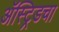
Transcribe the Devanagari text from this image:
ॲस्ट्रिडचा